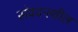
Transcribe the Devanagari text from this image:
संवदनशील